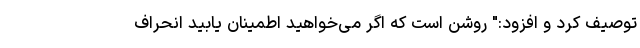
توصیف کرد و افزود:" روشن است که اگر می‌خواهید اطمینان یابید انحراف